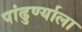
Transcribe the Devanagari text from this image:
पांढुर्ण्याला